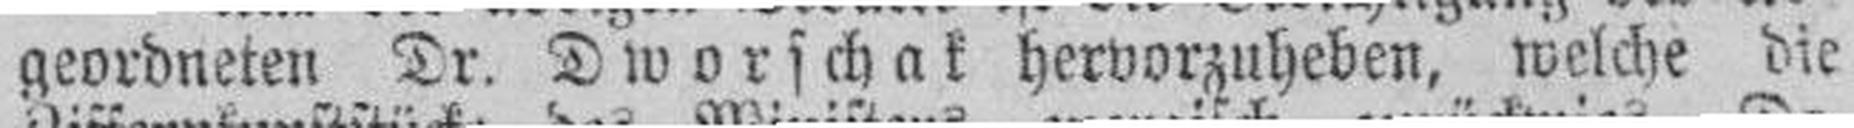
geordneten Dr. Dworschak hervorzuheben, welche die